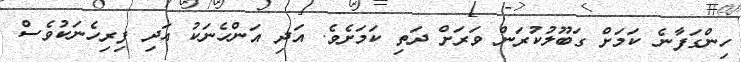
ހިންގަފާނެ ކަމަށް ގަބޫލުކުރަން ވަރަށް ދަތި ކަމަށެވެ. އަދި އަންހެނަކު އަދި ފިރިހެނަކުވެސް